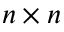
n \times n